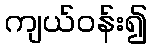
ကျယ်ဝန်း၍